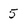
Character: 5